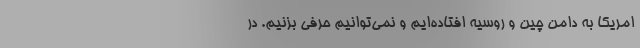
امریکا به دامن چین و روسیه افتاده‌ایم و نمی‌توانیم حرفی بزنیم. در